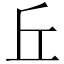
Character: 丘